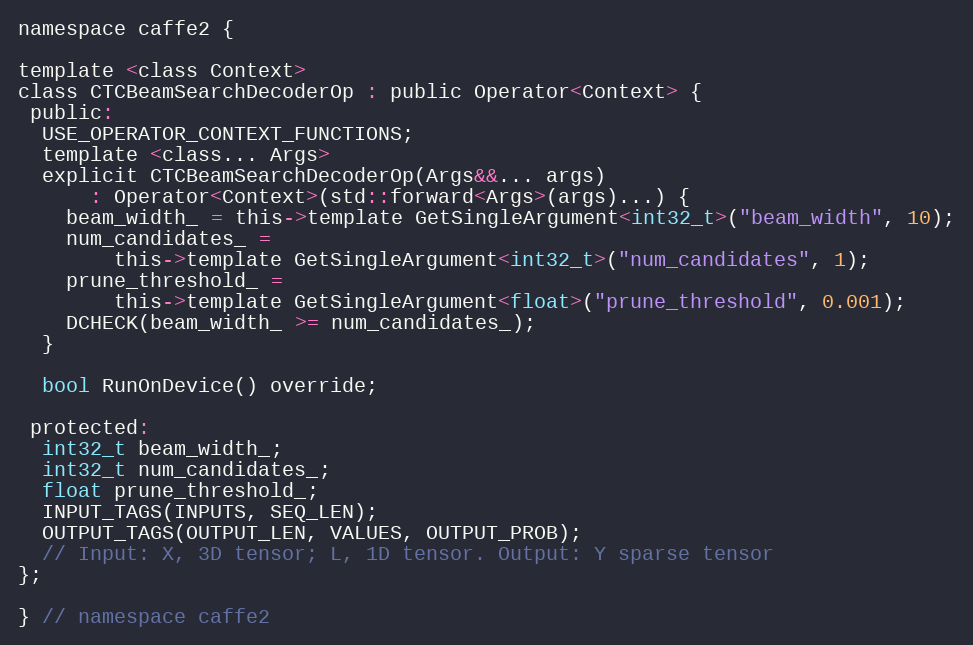
Language: C
namespace caffe2 {

template <class Context>
class CTCBeamSearchDecoderOp : public Operator<Context> {
 public:
  USE_OPERATOR_CONTEXT_FUNCTIONS;
  template <class... Args>
  explicit CTCBeamSearchDecoderOp(Args&&... args)
      : Operator<Context>(std::forward<Args>(args)...) {
    beam_width_ = this->template GetSingleArgument<int32_t>("beam_width", 10);
    num_candidates_ =
        this->template GetSingleArgument<int32_t>("num_candidates", 1);
    prune_threshold_ =
        this->template GetSingleArgument<float>("prune_threshold", 0.001);
    DCHECK(beam_width_ >= num_candidates_);
  }

  bool RunOnDevice() override;

 protected:
  int32_t beam_width_;
  int32_t num_candidates_;
  float prune_threshold_;
  INPUT_TAGS(INPUTS, SEQ_LEN);
  OUTPUT_TAGS(OUTPUT_LEN, VALUES, OUTPUT_PROB);
  // Input: X, 3D tensor; L, 1D tensor. Output: Y sparse tensor
};

} // namespace caffe2